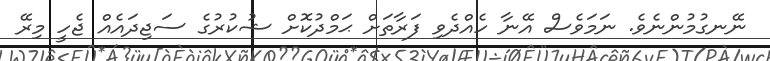
ނޭނގުމުންނެވެ. ނަމަވެސް އޭނާ ހެއްދެވި ފަރާތަށް ޙަމްދުކޮށް ޝުކުރުގެ ސަޖިދައެއް ޖެހީ މިރޭ